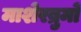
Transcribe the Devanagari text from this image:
माशेरब्रुमों